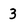
Character: 3